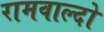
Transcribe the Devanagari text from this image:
रामवाल्दो